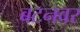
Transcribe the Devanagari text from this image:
बटनवर